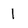
Character: 1